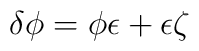
\delta \phi =  \phi \epsilon + \epsilon \zeta